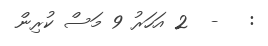
:   -  2 އަހަރު 9 މަސް ކުރިން